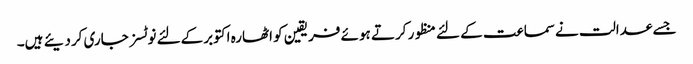
جسے عدالت نےسماعت کے لئے منظور کرتے ہوئے فریقین کو اٹھارہ اکتوبرکےلئے نوٹسز جاری کردیئے ہیں۔